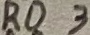
Text: RD3